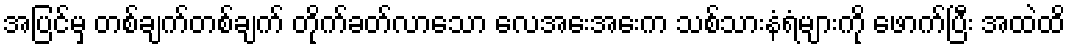
အပြင်မှ တစ်ချက်တစ်ချက် တိုက်ခတ်လာသော လေအေးအေးက သစ်သားနံရံများကို ဖောက်ပြီး အထဲထိ